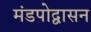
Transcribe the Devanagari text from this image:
मंडपोद्वासन